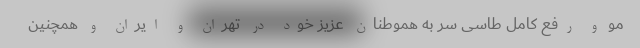
مو و رفع کامل طاسی سر به هموطنان عزیز خود در تهران و ایران و همچنین